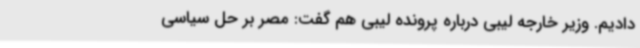
دادیم. وزیر خارجه لیبی درباره پرونده لیبی هم گفت: مصر بر حل سیاسی